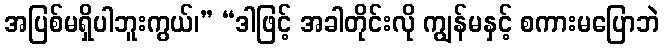
အပြစ်မရှိပါဘူးကွယ်၊” “ဒါဖြင့် အခါတိုင်းလို ကျွန်မနှင့် စကားမပြောဘဲ